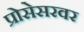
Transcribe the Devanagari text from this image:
प्रोसेसरवर